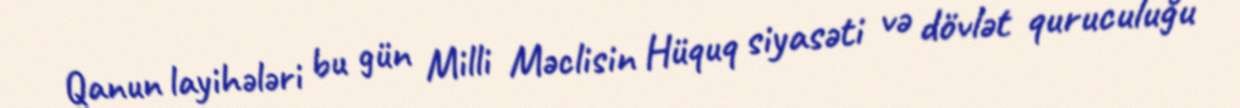
Qanun layihələri bu gün Milli Məclisin Hüquq siyasəti və dövlət quruculuğu